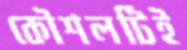
কৌশলটিই